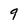
Character: 9